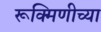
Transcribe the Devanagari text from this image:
रूक्मिणीच्या